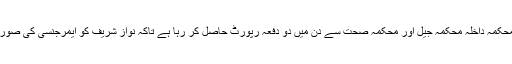
اس ضمن میں یہ بھی بتایا گیا ہے کہ نواز شریف کی صحت کے حوالے سے محکمہ داخلہ محکمہ جیل اور محکمہ صحت سے دن میں دو دفعہ رپورٹ حاصل کر رہا ہے تاکہ نواز شریف کو ایمرجنسی کی صورت میں بروقت طبی امداد دی جاسکے اور ہسپتال منتقلی کو یقینی بنایا جاسکے۔